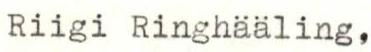
Riigi Ringhääling,